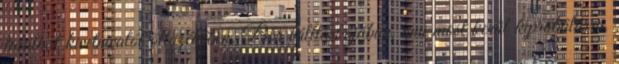
találhat kivetnivalót öltözékében. Bőr válltáskájában, ami most kerül kipróbálásra,